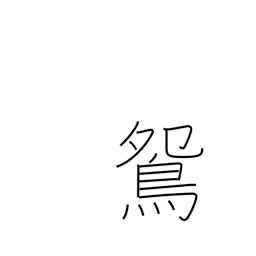
Meaning: male mandarin duck